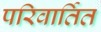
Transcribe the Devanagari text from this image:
परिवार्तित